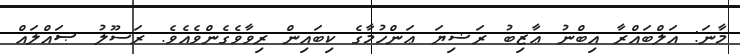
މާނަ: އަލްބައްރާ އިބްނު ޢާޒިބު ރަޟިޔަ ޢަންހުމާގެ ކިބައިން ރިވާވެގެންވެއެވެ. ރަސޫލު ޞައްލައް